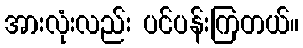
အားလုံးလည်း ပင်ပန်းကြတယ်။